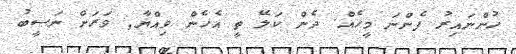
ހުންނައިރު ފެންނަ މީހެއް. ދެން ކަލޭ ތީ އެހެން ވިއްޔާ